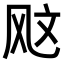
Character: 𫠇